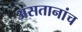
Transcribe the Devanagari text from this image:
असतानांच